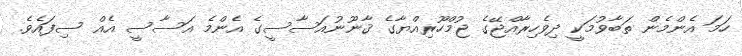
ހަމަ އެންމެން ތަބާވުމަކީ ދިވެހިރާއްޖޭގެ ޖުމްހޫރިއްޔާގެ ޤާނޫނުއަސާސީގެ އެންމެ އަސާސީ އެއް ސިފައެވެ.